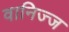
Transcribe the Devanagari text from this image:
वानिज्ज